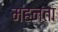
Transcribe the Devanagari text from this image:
महनता